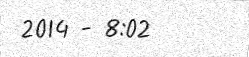
2014 - 8:02